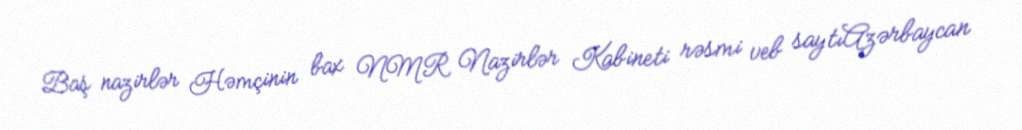
Baş nazirlər Həmçinin bax NMR Nazirlər Kabineti rəsmi veb saytıAzərbaycan